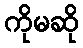
ကိုမဆို